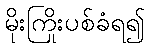
မိုးကြိုးပစ်ခံရ၍